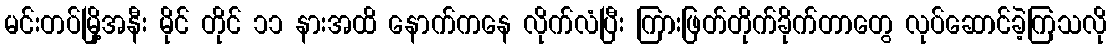
မင်းတပ်မြို့အနီး မိုင် တိုင် ၁၁ နားအထိ နောက်ကနေ လိုက်လံပြီး ကြားဖြတ်တိုက်ခိုက်တာတွေ လုပ်ဆောင်ခဲ့ကြသလို